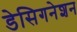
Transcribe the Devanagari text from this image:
डेसिगनेशन